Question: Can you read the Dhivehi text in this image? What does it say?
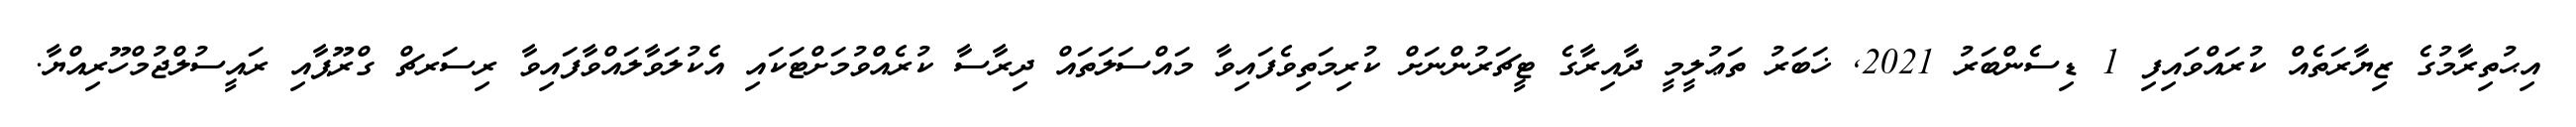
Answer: އިޙުތިރާމުގެ ޒިޔާރަތެއް ކުރައްވައިފި 1 ޑިސެންބަރު 2021, ޚަބަރު ތަޢުލީމީ ދާއިރާގެ ޓީޗަރުންނަށް ކުރިމަތިވެފައިވާ މައްސަލަތައް ދިރާސާ ކުރެއްވުމަށްޓަކައި އެކުލަވާލައްވާފައިވާ ރިސަރޗް ގްރޫޕާއި ރައީސުލްޖުމްހޫރިއްޔާ.